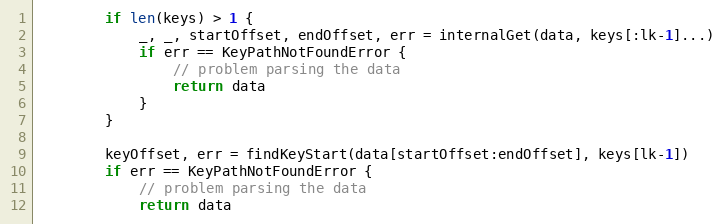
Language: Go
		if len(keys) > 1 {
			_, _, startOffset, endOffset, err = internalGet(data, keys[:lk-1]...)
			if err == KeyPathNotFoundError {
				// problem parsing the data
				return data
			}
		}

		keyOffset, err = findKeyStart(data[startOffset:endOffset], keys[lk-1])
		if err == KeyPathNotFoundError {
			// problem parsing the data
			return data